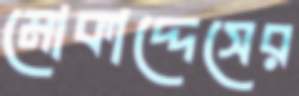
মোকাদ্দেসের